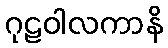
ဂုဠဝါလကာနိ